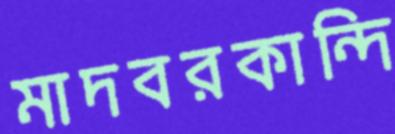
মাদবরকান্দি